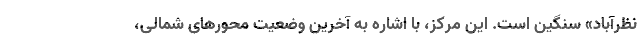
نظرآباد» سنگین است. این مرکز، با اشاره به آخرین وضعیت محورهای شمالی،